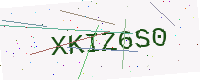
Text: XKIZ6S0